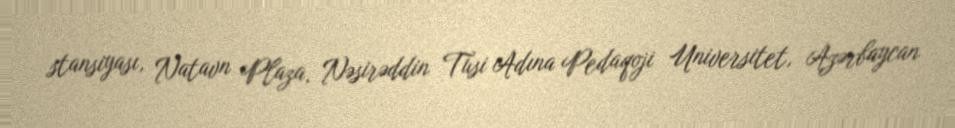
stansiyası, Natavn Plaza, Nəsirəddin Tusi Adına Pedaqoji Universitet, Azərbaycan